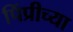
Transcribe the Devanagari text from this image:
पिंप्रीच्या